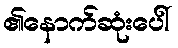
၏နောက်ဆုံးပေါ်